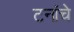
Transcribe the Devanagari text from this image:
टनांचे